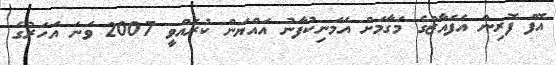
އޮފް ފޮރިން އެފެއާޒްގެ މަގާމަށް އެމަނިކުފާނު އައްޔަން ކުރެއްވީ 2007 ވަނަ އަހަރުގެ